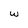
Character: w